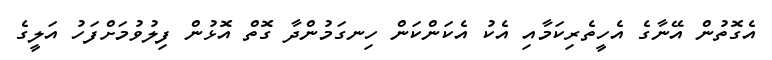
އެގޮތުން އޭނާގެ އެހީތެރިކަމާއި އެކު އެކަންކަން ހިނގަމުންދާ ގޮތް އޮޅުން ފިލުވުމަށްފަހު އަލީގެ